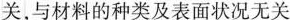
关，与材料的种类及表面状况无关